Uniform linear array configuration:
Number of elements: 48
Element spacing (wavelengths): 0.5
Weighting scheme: hann
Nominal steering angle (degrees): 60
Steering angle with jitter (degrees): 59.729
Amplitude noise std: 0.05
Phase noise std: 0.05

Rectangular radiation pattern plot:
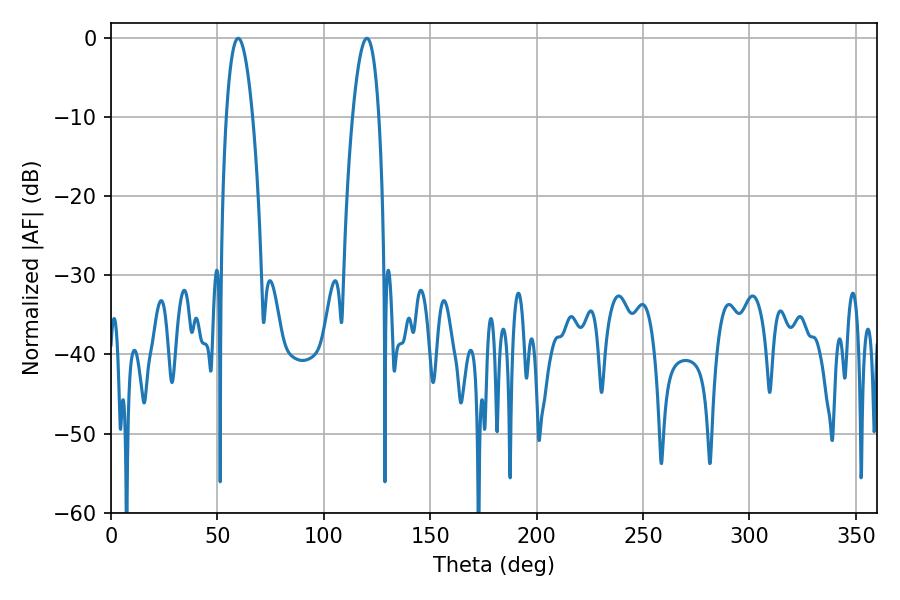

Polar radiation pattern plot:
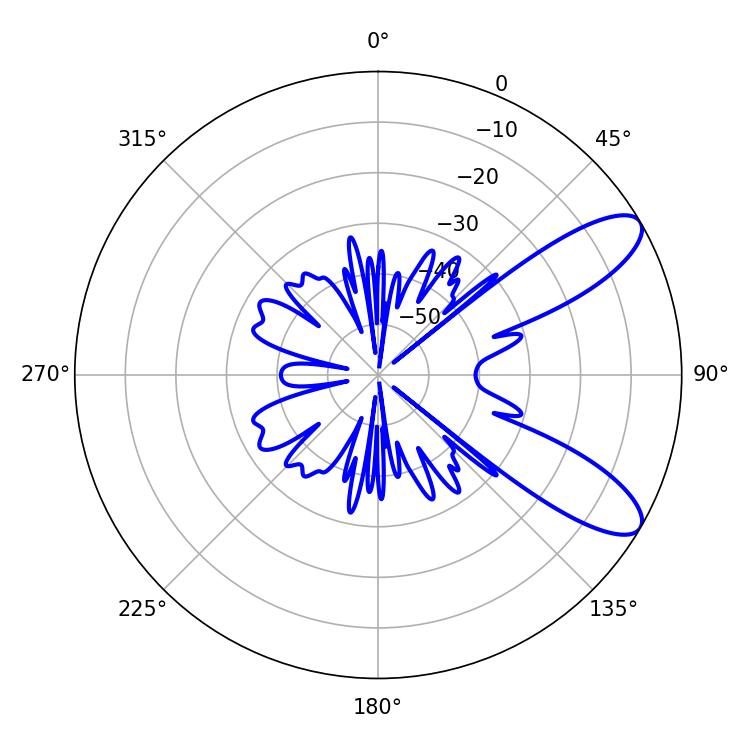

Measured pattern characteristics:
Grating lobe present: FALSE
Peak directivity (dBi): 9.545
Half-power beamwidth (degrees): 6.84
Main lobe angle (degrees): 59.76